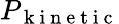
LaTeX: P_{\mathrm{~k~i~n~e~t~i~c~}}